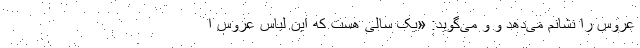
عروس را نشانم می‌دهد و و می‌گوید: «یک سالی هست که این لباس عروس ا